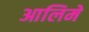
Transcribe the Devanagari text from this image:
आलिमे